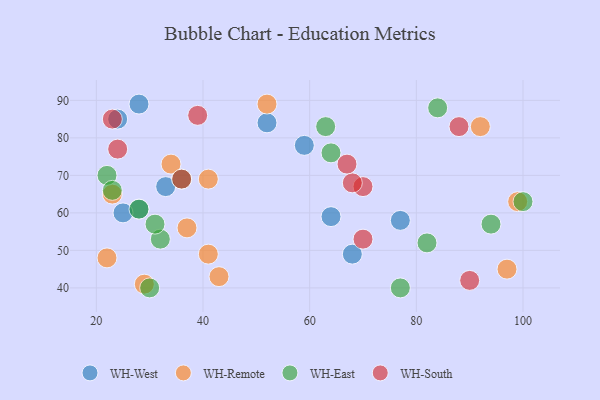
{"axis": {"x": "GDP", "y": "Life Expectancy"}, "legend": ["WH-East", "WH-Remote", "WH-South", "WH-West"], "data": [{"x": "68", "y": 49, "type": "WH-West"}, {"x": "33", "y": 67, "type": "WH-West"}, {"x": "28", "y": 89, "type": "WH-West"}, {"x": "28", "y": 61, "type": "WH-West"}, {"x": "25", "y": 60, "type": "WH-West"}, {"x": "52", "y": 84, "type": "WH-West"}, {"x": "24", "y": 85, "type": "WH-West"}, {"x": "59", "y": 78, "type": "WH-West"}, {"x": "64", "y": 59, "type": "WH-West"}, {"x": "77", "y": 58, "type": "WH-West"}, {"x": "34", "y": 73, "type": "WH-Remote"}, {"x": "37", "y": 56, "type": "WH-Remote"}, {"x": "29", "y": 41, "type": "WH-Remote"}, {"x": "23", "y": 65, "type": "WH-Remote"}, {"x": "22", "y": 48, "type": "WH-Remote"}, {"x": "52", "y": 89, "type": "WH-Remote"}, {"x": "41", "y": 69, "type": "WH-Remote"}, {"x": "97", "y": 45, "type": "WH-Remote"}, {"x": "92", "y": 83, "type": "WH-Remote"}, {"x": "43", "y": 43, "type": "WH-Remote"}, {"x": "41", "y": 49, "type": "WH-Remote"}, {"x": "99", "y": 63, "type": "WH-Remote"}, {"x": "84", "y": 88, "type": "WH-East"}, {"x": "32", "y": 53, "type": "WH-East"}, {"x": "82", "y": 52, "type": "WH-East"}, {"x": "64", "y": 76, "type": "WH-East"}, {"x": "77", "y": 40, "type": "WH-East"}, {"x": "30", "y": 40, "type": "WH-East"}, {"x": "63", "y": 83, "type": "WH-East"}, {"x": "22", "y": 70, "type": "WH-East"}, {"x": "28", "y": 61, "type": "WH-East"}, {"x": "100", "y": 63, "type": "WH-East"}, {"x": "36", "y": 69, "type": "WH-East"}, {"x": "23", "y": 66, "type": "WH-East"}, {"x": "31", "y": 57, "type": "WH-East"}, {"x": "94", "y": 57, "type": "WH-East"}, {"x": "90", "y": 42, "type": "WH-South"}, {"x": "70", "y": 67, "type": "WH-South"}, {"x": "24", "y": 77, "type": "WH-South"}, {"x": "23", "y": 85, "type": "WH-South"}, {"x": "70", "y": 53, "type": "WH-South"}, {"x": "39", "y": 86, "type": "WH-South"}, {"x": "68", "y": 68, "type": "WH-South"}, {"x": "88", "y": 83, "type": "WH-South"}, {"x": "36", "y": 69, "type": "WH-South"}, {"x": "67", "y": 73, "type": "WH-South"}]}